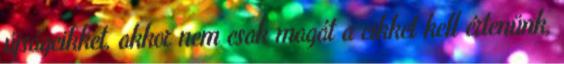
újságcikket, akkor nem csak magát a cikket kell értenünk,